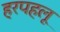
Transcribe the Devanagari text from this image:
हरपहलू